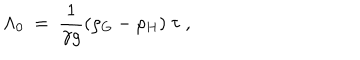
\Lambda _ { 0 } ~ = ~ { \frac { 1 } { \gamma g } } ( \rho _ { G } - \rho _ { H } ) ~ \tau \ ,